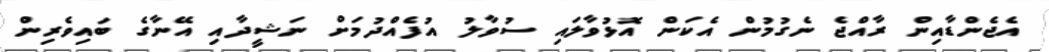
އެޖެންޑާއިން ރާއްޖެ ނެގުމުން އެކަން އޮޅުވާލައި ސުވާލު އުފެއްދުމަށް ނަޝީދާއި އޭނާގެ ބައިވެރިން